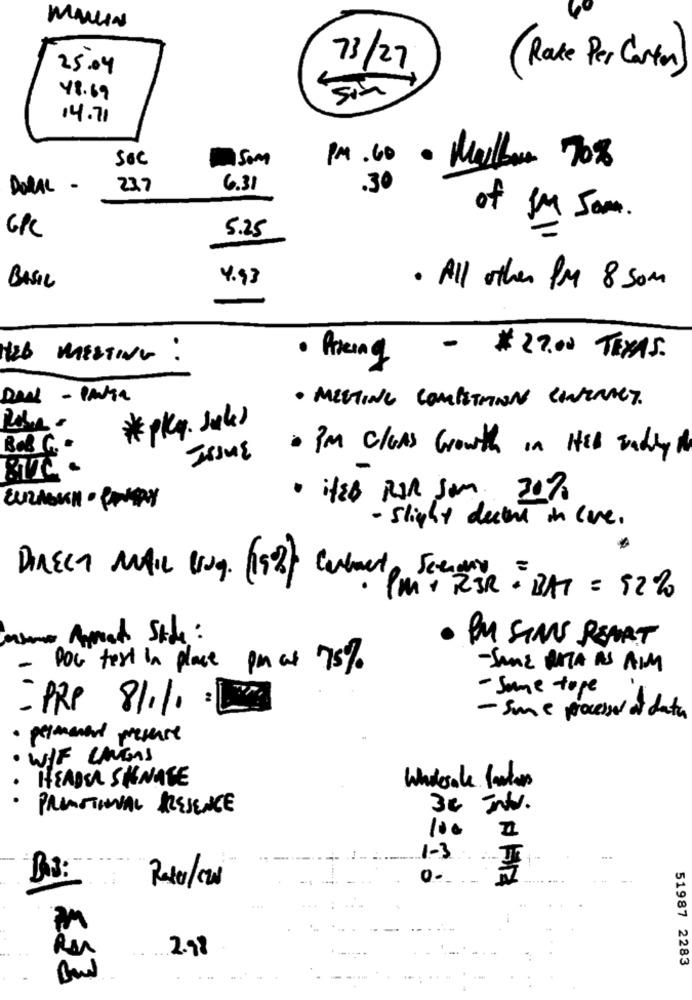
MALIN
25.04
73/ 27
(Rake Per Carton)
48.69
14.71
SOC
PM.60
· Mylbun 708
DORAL -
23.7
6.31
.30
of fo Som.
GPC
5.25
4.93
BASIL
· All other PM 8 som
Hab MESSING :
· Aring
- $27.00 TEXAS.
. MEETING COMPETITION CONTRACT.
*pky. Jule)
BOB G.
. I'M C/GAS Growth in HEL Endry A
JEJUE
· HEB RIR SAM 30%
- slight decarne in live.
DIRECT MAIL Oug. (15%) Commento Scenery
. PM + RIR - BAT = 82%
we Areet Side :
. BU SINS REPORT
-
POC text in place par ar 75%
- SAME NATA AS AIM
- Some tope
2
PRO 81.1.
- Sue processer of data
· permanent presence
· WIE CARGAS
HEADER SIGNAGE
Wholesale lashes
·PROMOTIONAL PRESENCE
M
100 2
1-3
BB:
0.
2.98
51987 2283